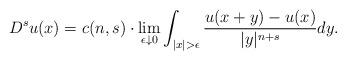
LaTeX: \begin{align*} D ^{s}u(x)=c(n,s)\cdot\lim_{\epsilon \downarrow0} \int_{|x|>\epsilon}\frac{u(x+y)-u(x)}{|y|^{n+s}}dy. \end{align*}